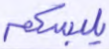
يلبسكم